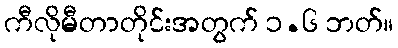
ကီလိုမီတာတိုင်းအတွက် ၁.၆ ဘတ်။